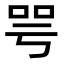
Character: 咢